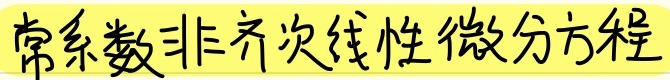
常系数非齐次线性微分方程